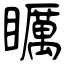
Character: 矋